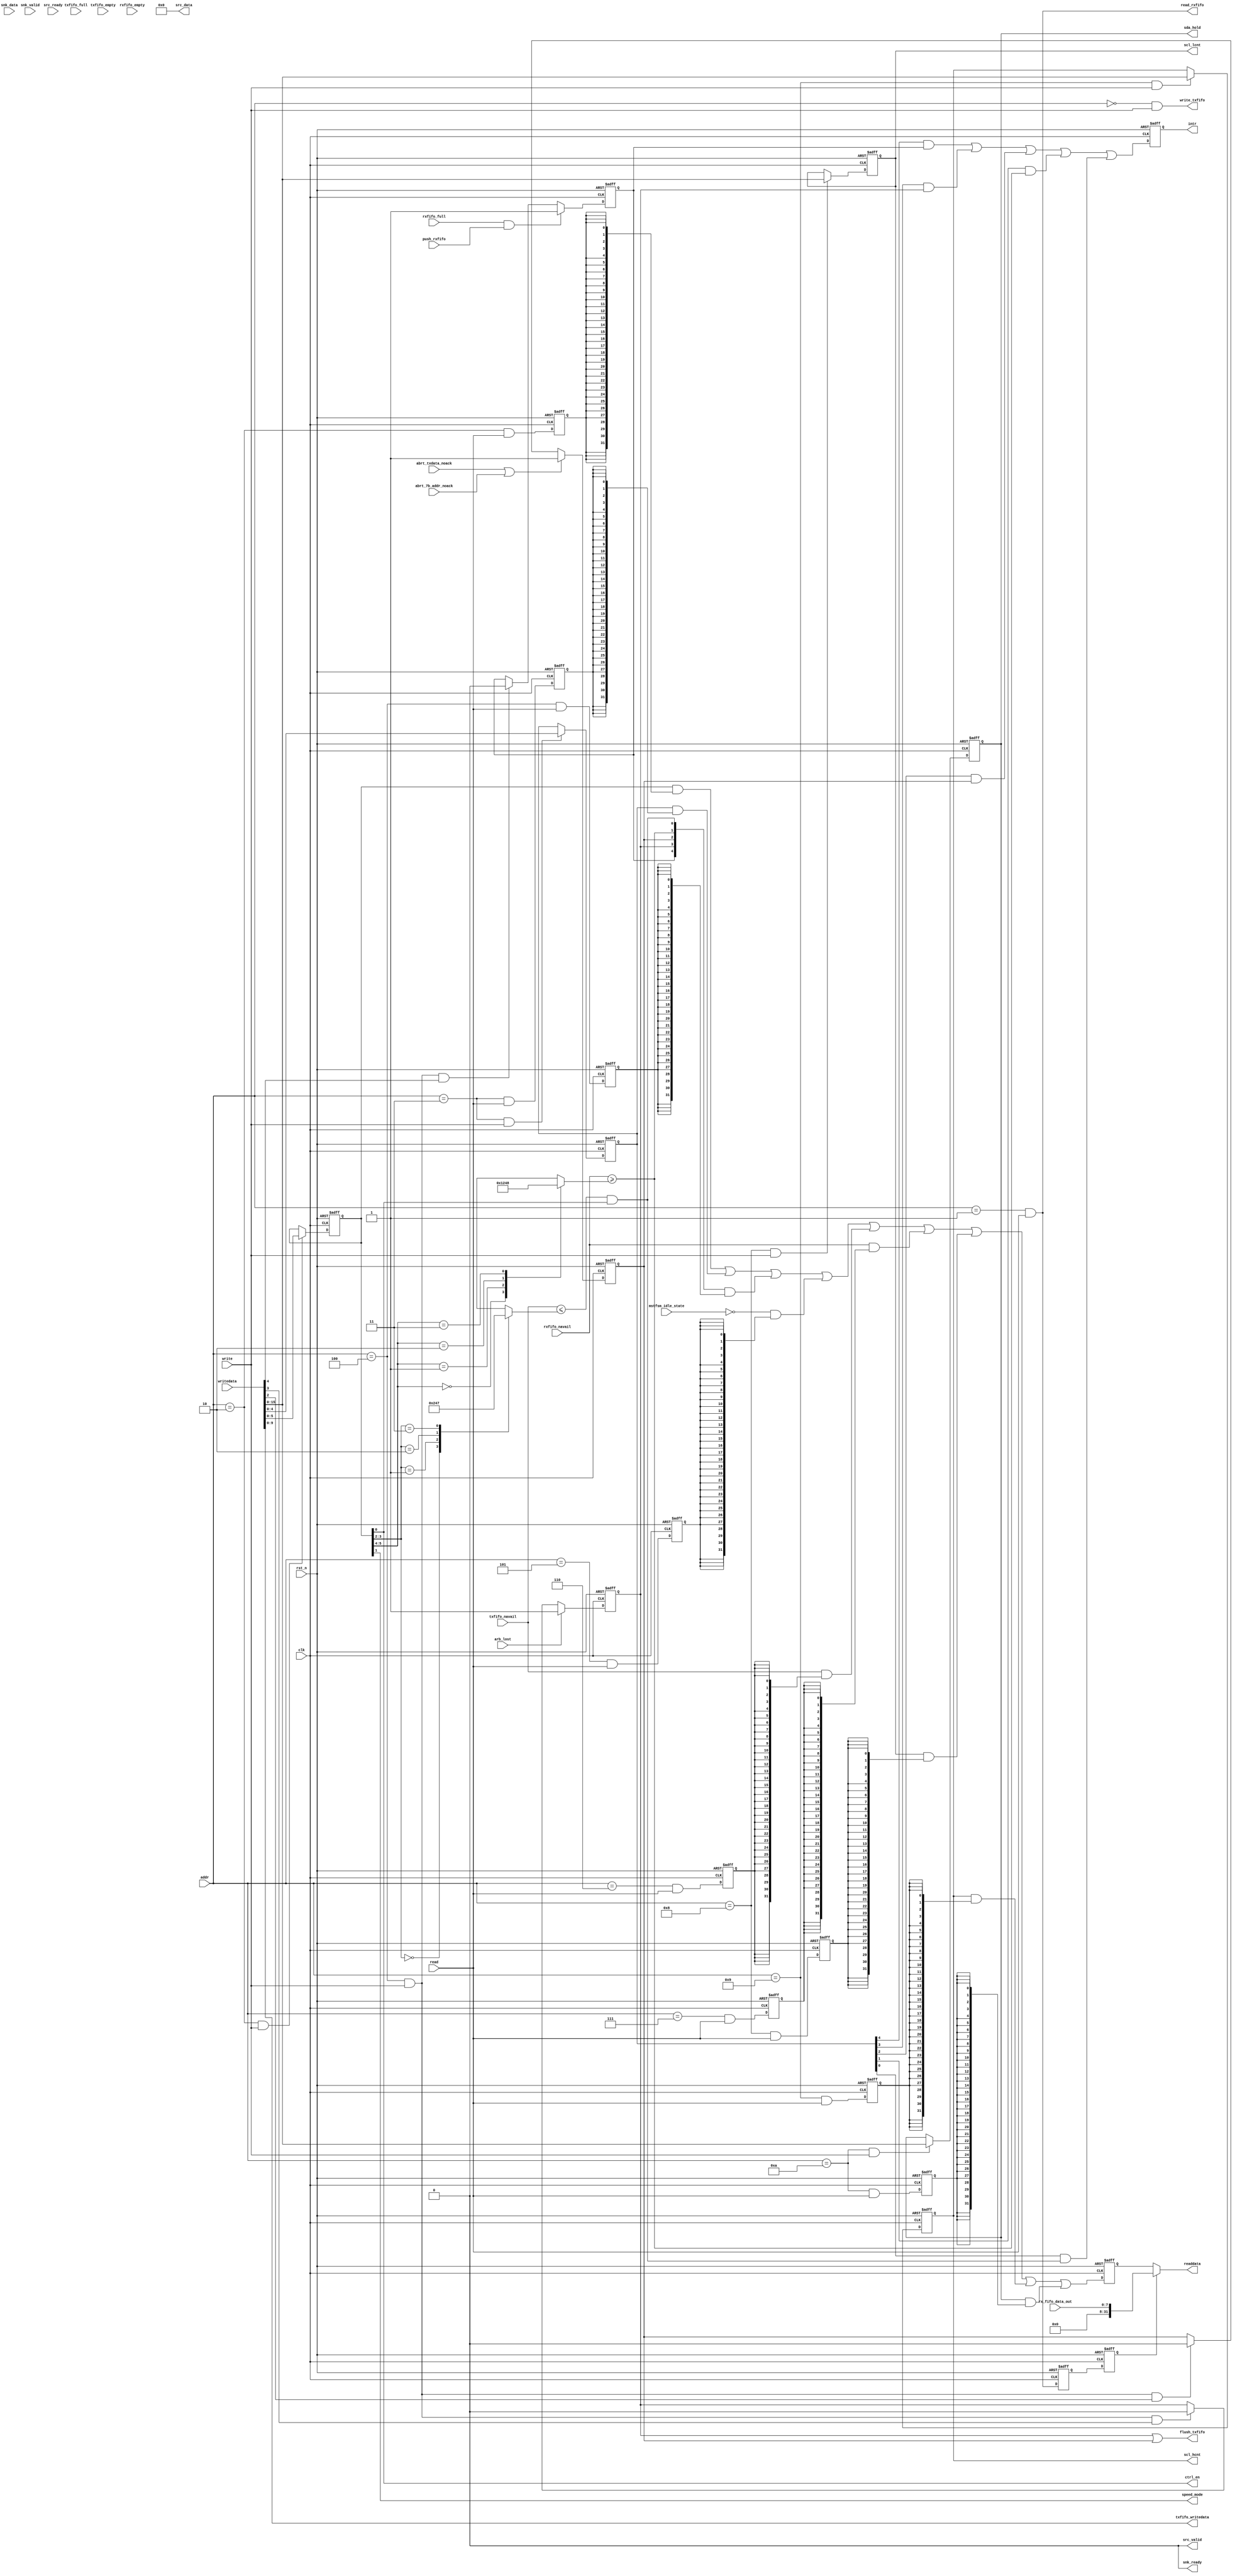
// (C) 2001-2017 Intel Corporation. All rights reserved.
// Your use of Intel Corporation's design tools, logic functions and other 
// software and tools, and its AMPP partner logic functions, and any output 
// files from any of the foregoing (including device programming or simulation 
// files), and any associated documentation or information are expressly subject 
// to the terms and conditions of the Intel Program License Subscription 
// Agreement, Intel FPGA IP License Agreement, or other applicable 
// license agreement, including, without limitation, that your use is for the 
// sole purpose of programming logic devices manufactured by Intel and sold by 
// Intel or its authorized distributors.  Please refer to the applicable 
// agreement for further details.


// synthesis translate_off
`timescale 1ns / 1ps
// synthesis translate_on

module altera_avalon_i2c_csr #(
    parameter USE_AV_ST = 0,
    parameter FIFO_DEPTH = 8,
    parameter FIFO_DEPTH_LOG2 = 3
) (
    input                       clk,
    input                       rst_n,
    input [3:0]                 addr,
    input                       read,
    input                       write,
    input [31:0]                writedata,
    input                       arb_lost,
    input                       txfifo_empty,
    input                       txfifo_full,
    input                       mstfsm_idle_state,
    input                       abrt_txdata_noack,
    input                       abrt_7b_addr_noack,
    input                       rxfifo_full,
    input                       rxfifo_empty,
    input [7:0]                 rx_fifo_data_out,
    input                       push_rxfifo,
    input [15:0]                snk_data,
    input                       snk_valid,
    input                       src_ready,
    input [FIFO_DEPTH_LOG2:0]   txfifo_navail,
    input [FIFO_DEPTH_LOG2:0]   rxfifo_navail,
    
    output [7:0]        src_data,
    output              src_valid,
    output              snk_ready,
    output [31:0]       readdata,
    output reg          intr,
    output              ctrl_en,
    output              flush_txfifo,
    output              write_txfifo,
    output              read_rxfifo,
    output [9:0]        txfifo_writedata,
    output [15:0]       scl_lcnt,
    output [15:0]       scl_hcnt,
    output reg [15:0]   sda_hold,
    output              speed_mode


);


reg [5:0]   ctrl;
reg [4:0]   iser;
reg         rx_over;
reg         arblost_det;
reg         nack_det;
reg [15:0]  scl_low;
reg [15:0]  scl_high;
reg [31:0]  readdata_dly2;

reg [FIFO_DEPTH_LOG2:0]    txfifo_thd;
reg [FIFO_DEPTH_LOG2:0]    rxfifo_thd;

reg         rx_data_rden_dly;
reg         rx_data_rden_dly2;
reg         ctrl_rden_dly;
reg         iser_rden_dly;
reg         isr_rden_dly;
reg         status_rden_dly;
reg         tfr_cmd_fifo_lvl_rden_dly;
reg         rx_data_fifo_lvl_rden_dly;
reg         scl_low_rden_dly;
reg         scl_high_rden_dly;
reg         sda_hold_rden_dly;

wire    tfr_cmd_addr;
wire    rx_data_addr;
wire    ctrl_addr;
wire    iser_addr;
wire    isr_addr;
wire    status_addr;
wire    tfr_cmd_fifo_lvl_addr;
wire    rx_data_fifo_lvl_addr;
wire    scl_low_addr;
wire    scl_high_addr;
wire    sda_hold_addr;

wire    tfr_cmd_wren;
wire    ctrl_wren;
wire    iser_wren;
wire    isr_wren;
wire    scl_low_wren;
wire    scl_high_wren;
wire    sda_hold_wren;

wire    rx_data_rden;
wire    ctrl_rden;
wire    iser_rden;
wire    isr_rden;
wire    status_rden;
wire    tfr_cmd_fifo_lvl_rden;
wire    rx_data_fifo_lvl_rden;
wire    scl_low_rden;
wire    scl_high_rden;
wire    sda_hold_rden;


wire [31:0] rx_data_internal;
wire [31:0] ctrl_internal;
wire [31:0] iser_internal;
wire [31:0] isr_internal;
wire [31:0] status_internal;
wire [31:0] tfr_cmd_fifo_lvl_internal;
wire [31:0] rx_data_fifo_lvl_internal;
wire [31:0] scl_low_internal;
wire [31:0] scl_high_internal;
wire [31:0] sda_hold_internal;

wire [31:0] readdata_nxt;
wire        intr_nxt;

wire [1:0]  tfr_cmd_fifo_thd;
wire [1:0]  rx_data_fifo_thd;
wire        tx_ready;
wire        tx_ready_mask;
wire        rx_ready;

wire        src_valid_mask;


localparam FIFO_DEPTH_LOG2_MASK = 32 - (FIFO_DEPTH_LOG2 + 1);

// Address Decode
assign tfr_cmd_addr             = (addr == 4'h0);
assign rx_data_addr             = (addr == 4'h1);
assign ctrl_addr                = (addr == 4'h2);
assign iser_addr                = (addr == 4'h3);
assign isr_addr                 = (addr == 4'h4);
assign status_addr              = (addr == 4'h5);
assign tfr_cmd_fifo_lvl_addr    = (addr == 4'h6);
assign rx_data_fifo_lvl_addr    = (addr == 4'h7);
assign scl_low_addr             = (addr == 4'h8);
assign scl_high_addr            = (addr == 4'h9);
assign sda_hold_addr            = (addr == 4'ha);

// Write access
assign tfr_cmd_wren     = tfr_cmd_addr & write;
assign ctrl_wren        = ctrl_addr & write;
assign iser_wren        = iser_addr & write;
assign isr_wren         = isr_addr & write;
assign scl_low_wren     = scl_low_addr & write;
assign scl_high_wren    = scl_high_addr & write;
assign sda_hold_wren    = sda_hold_addr & write;

// Read access
assign rx_data_rden             = rx_data_addr & read;
assign ctrl_rden                = ctrl_addr & read;
assign iser_rden                = iser_addr & read;
assign isr_rden                 = isr_addr & read;
assign status_rden              = status_addr & read;
assign tfr_cmd_fifo_lvl_rden    = tfr_cmd_fifo_lvl_addr & read;
assign rx_data_fifo_lvl_rden    = rx_data_fifo_lvl_addr & read;
assign scl_low_rden             = scl_low_addr & read;
assign scl_high_rden            = scl_high_addr & read;
assign sda_hold_rden            = sda_hold_addr & read;

// CTRL Register
always @(posedge clk or negedge rst_n) begin
    if (!rst_n)
        ctrl    <= 6'h0;
    else if (ctrl_wren) 
        ctrl    <= writedata[5:0];
end

// ISER Register
always @(posedge clk or negedge rst_n) begin
    if (!rst_n)
        iser    <= 5'h0;
    else if (iser_wren) 
        iser    <= writedata[4:0];
end

// RX_OVER bit
always @(posedge clk or negedge rst_n) begin
    if (!rst_n)
        rx_over     <= 1'b0;
    else if (rxfifo_full & push_rxfifo) 
        rx_over     <= 1'b1;
    else if (isr_wren & writedata[4])
        rx_over     <= 1'b0;
end

// ARBLOST_DET bit
always @(posedge clk or negedge rst_n) begin
    if (!rst_n)
        arblost_det     <= 1'b0;
    else if (arb_lost) 
        arblost_det     <= 1'b1;
    else if (isr_wren & writedata[3])
        arblost_det     <= 1'b0;
end

// NACK_DET bit
always @(posedge clk or negedge rst_n) begin
    if (!rst_n)
        nack_det    <= 1'b0;
    else if (abrt_txdata_noack | abrt_7b_addr_noack) 
        nack_det    <= 1'b1;
    else if (isr_wren & writedata[2])
        nack_det    <= 1'b0;
end

// SCL_LOW Register
always @(posedge clk or negedge rst_n) begin
    if (!rst_n)
        scl_low     <= 16'h1;
    else if (scl_low_wren) 
        scl_low     <= writedata[15:0];
end

// SCL_HIGH Register
always @(posedge clk or negedge rst_n) begin
    if (!rst_n)
        scl_high    <= 16'h1;
    else if (scl_high_wren) 
        scl_high    <= writedata[15:0];
end

// SDA_HOLD Register
always @(posedge clk or negedge rst_n) begin
    if (!rst_n)
        sda_hold    <= 16'h1;
    else if (sda_hold_wren) 
        sda_hold    <= writedata[15:0];
end

// rx_ready and tx_ready generation
assign rx_ready = rxfifo_navail >= rxfifo_thd;

always @* begin
    case (rx_data_fifo_thd)
    2'b00: rxfifo_thd = {{FIFO_DEPTH_LOG2{1'b0}}, 1'b1};
    2'b01: rxfifo_thd = (FIFO_DEPTH >> 2);
    2'b10: rxfifo_thd = (FIFO_DEPTH >> 1);
    2'b11: rxfifo_thd = FIFO_DEPTH;
    endcase
end

assign tx_ready = txfifo_navail <= txfifo_thd;
assign tx_ready_mask = tx_ready & ctrl_en;

always @* begin
    case (tfr_cmd_fifo_thd)
    2'b00: txfifo_thd = {(FIFO_DEPTH_LOG2+1){1'b0}};
    2'b01: txfifo_thd = (FIFO_DEPTH >> 2);
    2'b10: txfifo_thd = (FIFO_DEPTH >> 1);
    2'b11: txfifo_thd = (FIFO_DEPTH-1);
    endcase
end


// AVMM read data path
assign rx_data_internal             = {24'h0, rx_fifo_data_out};
assign ctrl_internal                = {26'h0, ctrl};
assign iser_internal                = {27'h0, iser};
//assign isr_internal                 = {27'h0, rx_over, arblost_det, nack_det, rxfifo_full, txfifo_empty};
assign isr_internal                 = {27'h0, rx_over, arblost_det, nack_det, rx_ready, tx_ready_mask};
assign status_internal              = {31'h0, ~mstfsm_idle_state};
assign tfr_cmd_fifo_lvl_internal    = {{FIFO_DEPTH_LOG2_MASK{1'b0}}, txfifo_navail};
assign rx_data_fifo_lvl_internal    = {{FIFO_DEPTH_LOG2_MASK{1'b0}}, rxfifo_navail};
assign scl_low_internal             = {16'h0, scl_low};
assign scl_high_internal            = {16'h0, scl_high};
assign sda_hold_internal            = {16'h0, sda_hold};

//assign readdata_nxt     =   (rx_data_internal & {32{rx_data_rden_dly}})                     |
assign readdata_nxt     =   (ctrl_internal & {32{ctrl_rden_dly}})                           |
                            (iser_internal & {32{iser_rden_dly}})                           |
                            (isr_internal & {32{isr_rden_dly}})                             |
                            (status_internal & {32{status_rden_dly}})                       |
                            (tfr_cmd_fifo_lvl_internal & {32{tfr_cmd_fifo_lvl_rden_dly}})   |
                            (rx_data_fifo_lvl_internal & {32{rx_data_fifo_lvl_rden_dly}})   |
                            (scl_low_internal & {32{scl_low_rden_dly}})                     |
                            (scl_high_internal & {32{scl_high_rden_dly}})                   |
                            (sda_hold_internal & {32{sda_hold_rden_dly}});



                            
// AVMM readdata register
always @(posedge clk or negedge rst_n) begin
    if (!rst_n)
        readdata_dly2 <= 32'h0;
    else
        readdata_dly2 <= readdata_nxt;
end

assign readdata = (rx_data_rden_dly2) ? rx_data_internal : readdata_dly2;

always @(posedge clk or negedge rst_n) begin
    if (!rst_n) begin
        rx_data_rden_dly            <= 1'b0;
        rx_data_rden_dly2           <= 1'b0;
        ctrl_rden_dly               <= 1'b0;
        iser_rden_dly               <= 1'b0;
        isr_rden_dly                <= 1'b0;
        status_rden_dly             <= 1'b0;
        tfr_cmd_fifo_lvl_rden_dly   <= 1'b0;
        rx_data_fifo_lvl_rden_dly   <= 1'b0;
        scl_low_rden_dly            <= 1'b0;
        scl_high_rden_dly           <= 1'b0;
        sda_hold_rden_dly           <= 1'b0;
    end
    else begin
        rx_data_rden_dly            <= rx_data_rden;
        rx_data_rden_dly2           <= rx_data_rden_dly;
        ctrl_rden_dly               <= ctrl_rden;
        iser_rden_dly               <= iser_rden;
        isr_rden_dly                <= isr_rden;
        status_rden_dly             <= status_rden;
        tfr_cmd_fifo_lvl_rden_dly   <= tfr_cmd_fifo_lvl_rden;
        rx_data_fifo_lvl_rden_dly   <= rx_data_fifo_lvl_rden;
        scl_low_rden_dly            <= scl_low_rden;
        scl_high_rden_dly           <= scl_high_rden;
        sda_hold_rden_dly           <= sda_hold_rden;
    end
end


assign intr_nxt =   (iser[4] & rx_over)         |
                    (iser[3] & arblost_det)     |
                    (iser[2] & nack_det)        |
                    (iser[1] & rx_ready)     |
                    (iser[0] & tx_ready_mask);

// Interrupt register
always @(posedge clk or negedge rst_n) begin
    if (!rst_n)
        intr <= 1'b0;
    else
        intr <= intr_nxt;
end



// output assignment
assign write_txfifo     = (USE_AV_ST == 1) ? (snk_valid & snk_ready) : tfr_cmd_wren;
assign read_rxfifo      = (USE_AV_ST == 1) ? (src_valid & src_ready) : rx_data_rden;
assign ctrl_en          = ctrl[0];
assign speed_mode       = ctrl[1];
assign tfr_cmd_fifo_thd = ctrl[3:2];
assign rx_data_fifo_thd = ctrl[5:4];
assign flush_txfifo     = arblost_det | nack_det;
assign scl_lcnt         = scl_low;
assign scl_hcnt         = scl_high;

assign src_data         = (USE_AV_ST == 1) ? rx_fifo_data_out : 8'h0;
//assign src_valid        = (USE_AV_ST == 1) ? ~rxfifo_empty : 1'b0; 
assign src_valid        = (USE_AV_ST == 1) ? src_valid_mask : 1'b0; 
assign snk_ready        = (USE_AV_ST == 1) ? ~txfifo_full : 1'b0;
assign txfifo_writedata = (USE_AV_ST == 1) ? snk_data[9:0] : writedata[9:0];

generate
if (USE_AV_ST == 1) begin
    
    reg [1:0] mask_cnt;

    always @(posedge clk or negedge rst_n) begin
        if (!rst_n)
            mask_cnt <= 2'h0;
        else if (src_valid & src_ready)
            mask_cnt <= 2'h2;
        else if (mask_cnt != 2'h0)
            mask_cnt <= mask_cnt - 1'b1;
        else
            mask_cnt <= mask_cnt;
    end

    assign src_valid_mask = (mask_cnt == 2'h0) & ~rxfifo_empty;

end
else begin

    assign src_valid_mask = 1'b0;

end
endgenerate

endmodule